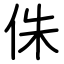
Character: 侏